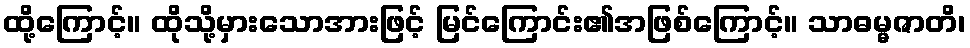
ထို့ကြောင့်။ ထိုသို့မှားသောအားဖြင့် မြင်ကြောင်း၏အဖြစ်ကြောင့်။ သာဓမ္မဇာတိ၊